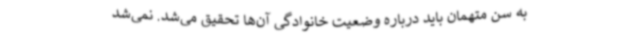
به سن متهمان باید درباره وضعیت خانوادگی آن‌ها تحقیق می‌شد. نمی‌شد